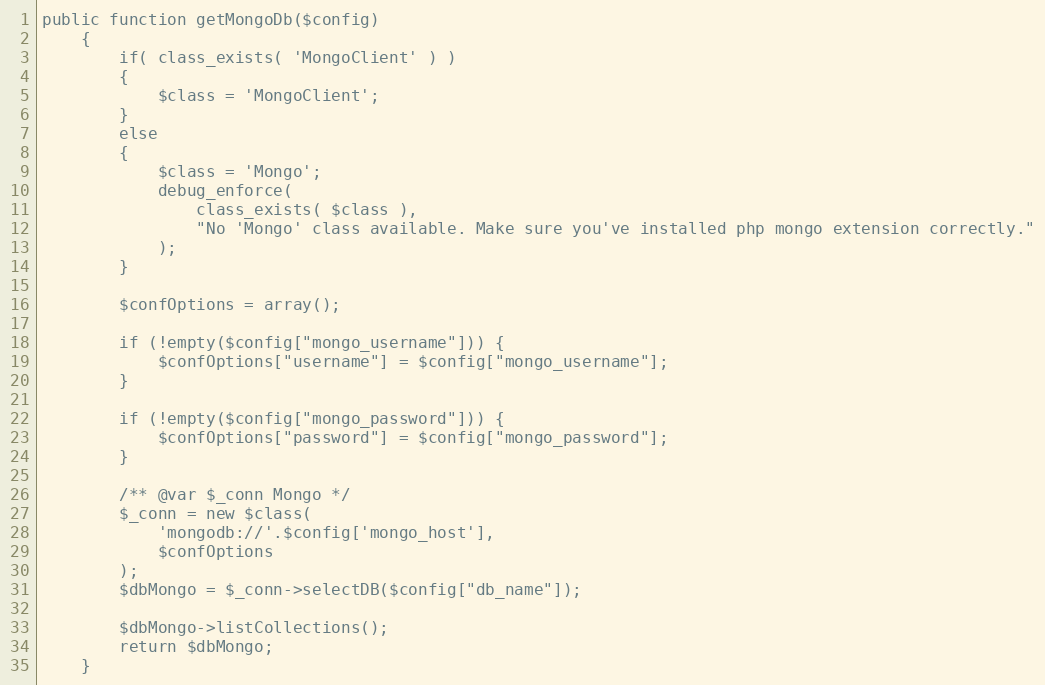
Language: PHP
public function getMongoDb($config)
	{
		if( class_exists( 'MongoClient' ) )
		{
			$class = 'MongoClient';
		}
		else
		{
			$class = 'Mongo';
			debug_enforce(
				class_exists( $class ),
				"No 'Mongo' class available. Make sure you've installed php mongo extension correctly."
			);
		}

		$confOptions = array();

		if (!empty($config["mongo_username"])) {
			$confOptions["username"] = $config["mongo_username"];
		}

		if (!empty($config["mongo_password"])) {
			$confOptions["password"] = $config["mongo_password"];
		}

		/** @var $_conn Mongo */
		$_conn = new $class(
			'mongodb://'.$config['mongo_host'],
			$confOptions
		);
		$dbMongo = $_conn->selectDB($config["db_name"]);

		$dbMongo->listCollections();
		return $dbMongo;
	}